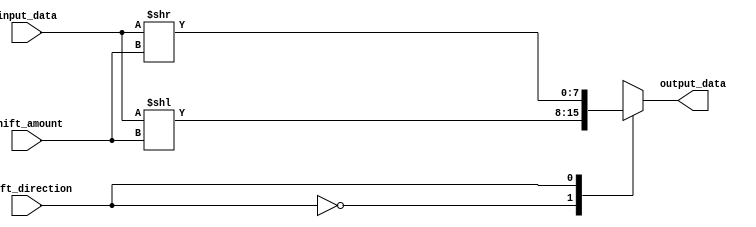
module barrel_shifter (
    input [7:0] input_data,
    input [2:0] shift_amount,
    input shift_direction, // 0 for left shift, 1 for right shift
    output reg [7:0] output_data
);

always @ (*) begin
    case (shift_direction)
        0: output_data = input_data << shift_amount;
        1: output_data = input_data >> shift_amount;
    endcase
end

endmodule